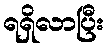
ရရှိလာပြီး